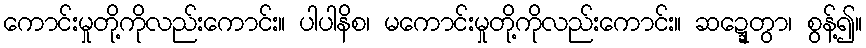
ကောင်းမှုတို့ကိုလည်းကောင်း။ ပါပါနိစ၊ မကောင်းမှုတို့ကိုလည်းကောင်း။ ဆဍ္ဍေတွာ၊ စွန့်၍။